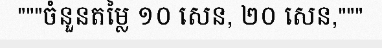
"""ចំនួនតម្លៃ ១០ សេន, ២០ សេន,"""